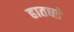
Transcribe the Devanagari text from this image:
हातघडे